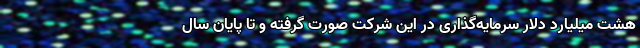
هشت میلیارد دلار سرمایه‌‌گذاری در این شرکت صورت گرفته و تا پایان سال